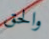
والحق